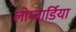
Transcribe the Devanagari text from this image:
लोम्बार्डिया